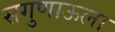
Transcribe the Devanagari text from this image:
सगुणाऊला